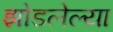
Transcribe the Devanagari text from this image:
झोडलेल्या